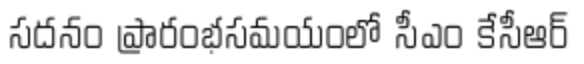
సదనం ప్రారంభసమయంలో సీఎం కేసీఆర్